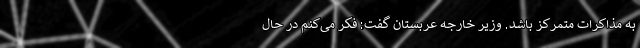
به مذاکرات متمرکز باشد. وزیر خارجه عربستان گفت: فکر می‌کنم در حال